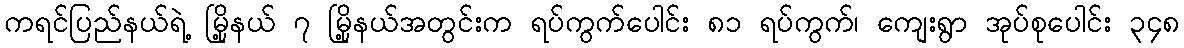
ကရင်ပြည်နယ်ရဲ့ မြို့နယ် ၇ မြို့နယ်အတွင်းက ရပ်ကွက်ပေါင်း ၈၁ ရပ်ကွက်၊ ကျေးရွာ အုပ်စုပေါင်း ၃၄၈